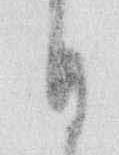
日